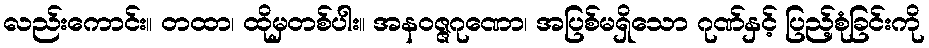
လည်းကောင်း။ တထာ၊ ထိုမှတစ်ပါး။ အနဝဇ္ဇဂုဏော၊ အပြစ်မရှိသော ဂုဏ်နှင့် ပြည့်စုံခြင်းကို